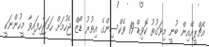
އެޗްޕީއޭއިން ބުނީ މިވަގުތު ކޮވިޑް-19 ވެކްސިންގެ އިތުރު ޑޯޒް ޖެހުމަށް ހަމަޖެހިފައިވާ މީހުންނަކީ